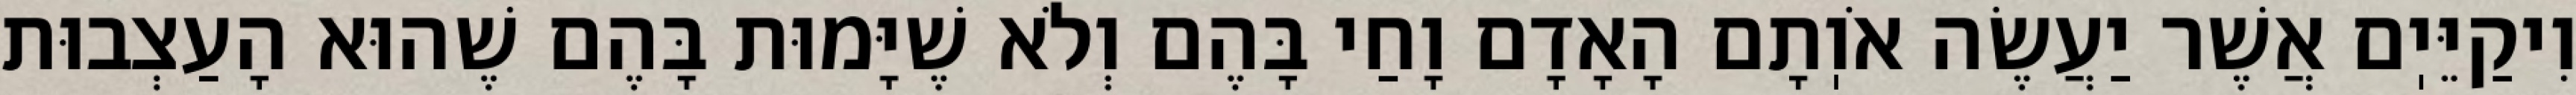
וִיקַיֵּיֽם אֲשֶׁר יַעֲשֶׂה אֹוֽתָם הָאָדָם וָחַי בָּהֶם וְלֹא שֶׁיָּמוּת בָּהֶם שֶׁהוּא הָעַצְבוּת